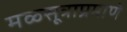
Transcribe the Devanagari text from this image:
मळसूत्राप्रमाणे